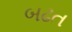
બઢત